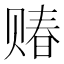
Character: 䞐